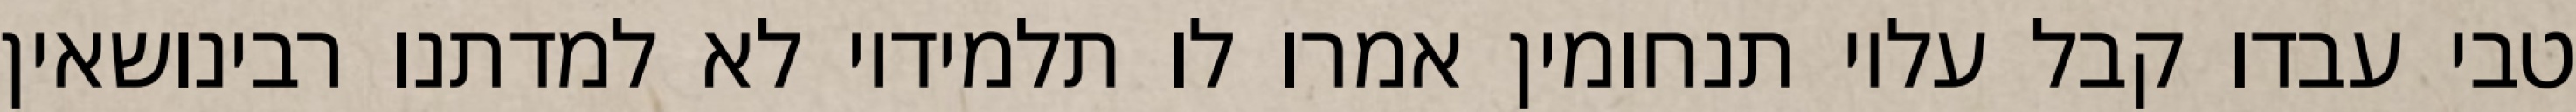
טבי עבדו קבל עליו תנחומין אמרו לו תלמידיו לא למדתנו רבינושאין